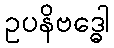
ဥပနိဗဒ္ဓေါ